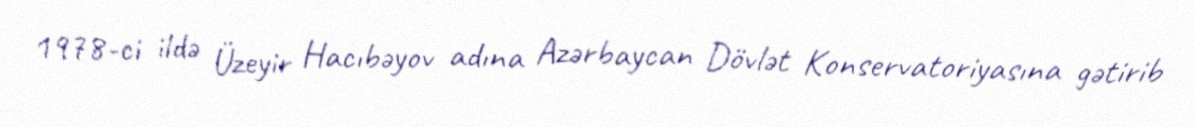
1978-ci ildə Üzeyir Hacıbəyov adına Azərbaycan Dövlət Konservatoriyasına gətirib